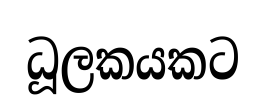
ධූලකයකට